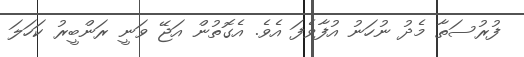
ފުރުސަތާ މެދު ނުހަނު އުފާވެފަ އެވެ. އެގޮތުން އަޖޭ ވަނީ ރަންބީރު ކަހަލަ